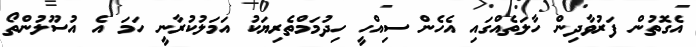
އެގޮތުން ފަރުވާދިން ހާލަތެއްގައި އެހެން ސިއްހީ ހިދުމަމްތެރިޔަކު އަމަލުކުރާނީ ހަމަ އެ އުސޫލުންތޯ